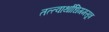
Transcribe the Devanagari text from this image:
तत्त्वार्थाधिगमसूत्र